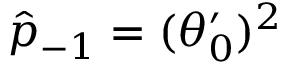
\hat { p } _ { - 1 } = ( \theta _ { 0 } ^ { \prime } ) ^ { 2 }